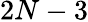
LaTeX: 2N-3